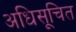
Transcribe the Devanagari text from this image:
अधिसूचित